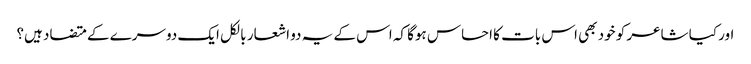
اور کیا شاعر کو خود بھی اس بات کا احساس ہوگا کہ اس کے یہ دو اشعار بالکل ایک دوسرے کے متضاد ہیں؟